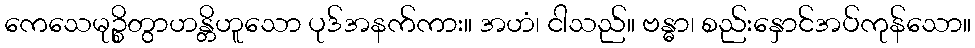
ကေသေမုဉ္စိတွာဟန္တိဟူသော ပုဒ်အနက်ကား။ အဟံ၊ ငါသည်။ ဗန္ဓာ၊ စည်းနှောင်အပ်ကုန်သော။